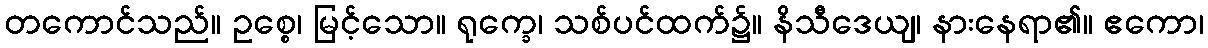
တကောင်သည်။ ဥစ္စေ၊ မြင့်သော။ ရုက္ခေ၊ သစ်ပင်ထက်၌။ နိသီဒေယျ၊ နားနေရာ၏။ ဧကော၊